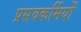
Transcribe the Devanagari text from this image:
प्रसवकर्मियों